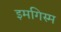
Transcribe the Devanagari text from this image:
इमगिस्म